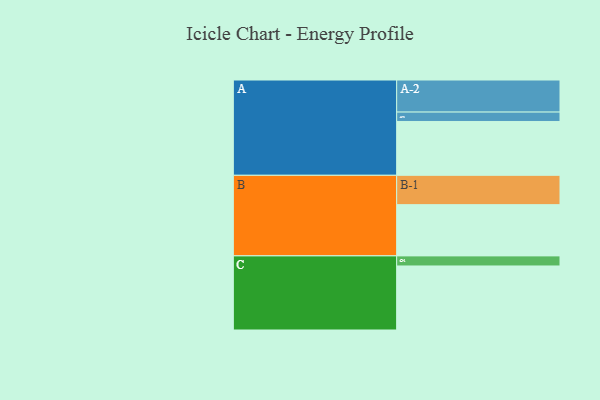
{"axis": {"x": "Segment", "y": "Value"}, "legend": ["", "A", "B", "C"], "data": [{"x": "A", "y": 475, "type": ""}, {"x": "B", "y": 452, "type": ""}, {"x": "C", "y": 565, "type": ""}, {"x": "A-1", "y": 83, "type": "A"}, {"x": "A-2", "y": 283, "type": "A"}, {"x": "B-1", "y": 259, "type": "B"}, {"x": "C-1", "y": 89, "type": "C"}]}